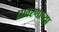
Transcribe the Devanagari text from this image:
प्रावरणाच्या